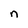
Character: n